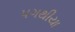
પગથીયા